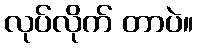
လုပ်လိုက် တာပဲ။